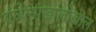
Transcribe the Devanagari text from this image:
एंजेल्सखालोखाल